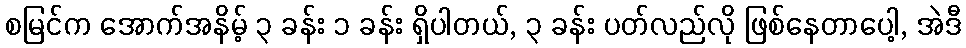
စမြင်က အောက်အနိမ့် ၃ ခန်း ၁ ခန်း ရှိပါတယ်, ၃ ခန်း ပတ်လည်လို ဖြစ်နေတာပေါ့, အဲဒီ